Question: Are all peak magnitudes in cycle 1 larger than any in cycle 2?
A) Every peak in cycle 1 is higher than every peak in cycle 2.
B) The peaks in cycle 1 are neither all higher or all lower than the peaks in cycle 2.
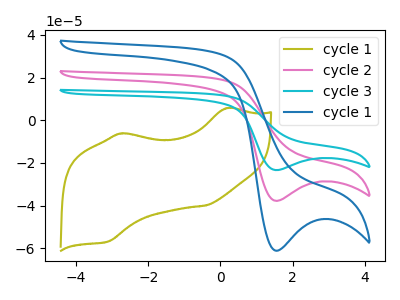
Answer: <think>The olive curve "cycle 1" has anodic peaks at (0.20V, 5.70uA) (-2.75V, -6.15uA) and cathodic peaks at (-0.40V, -39.90uA) (-3.10V, -56.80uA). The pink curve "cycle 2" has a cathodic peak at: (1.55V, -37.80uA). The cyan curve "cycle 3" has a cathodic peak at: (1.55V, -75.55uA). The blue curve "cycle 1" has a cathodic peak at: (1.55V, -61.15uA).</think>
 <answer>A) Every peak in "cycle 1" is higher than every peak in "cycle 2".</answer>
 <eval>A</eval>